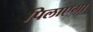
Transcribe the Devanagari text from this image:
पिलाएगा